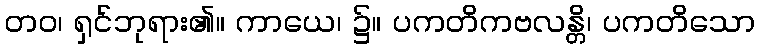
တဝ၊ ရှင်ဘုရား၏။ ကာယေ၊ ၌။ ပကတိကဗလန္တိ၊ ပကတိသော